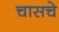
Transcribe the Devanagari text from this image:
चासचे